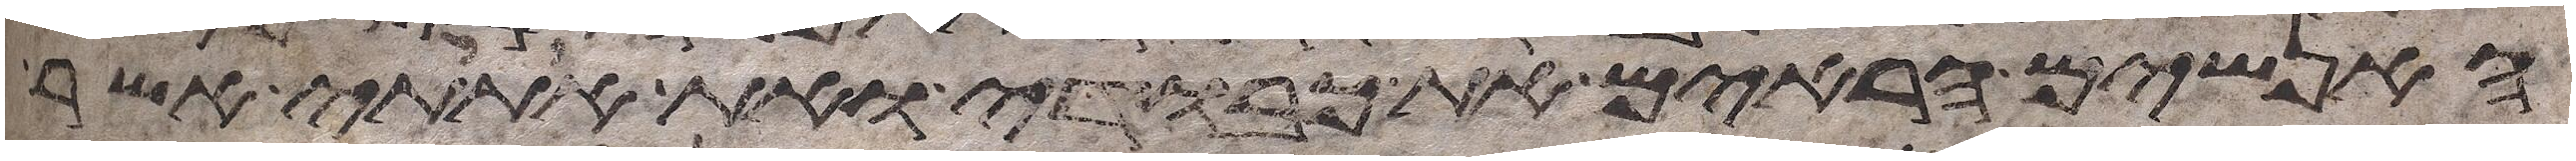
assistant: האנשים הראים את כבודי ואת אתותי אשר